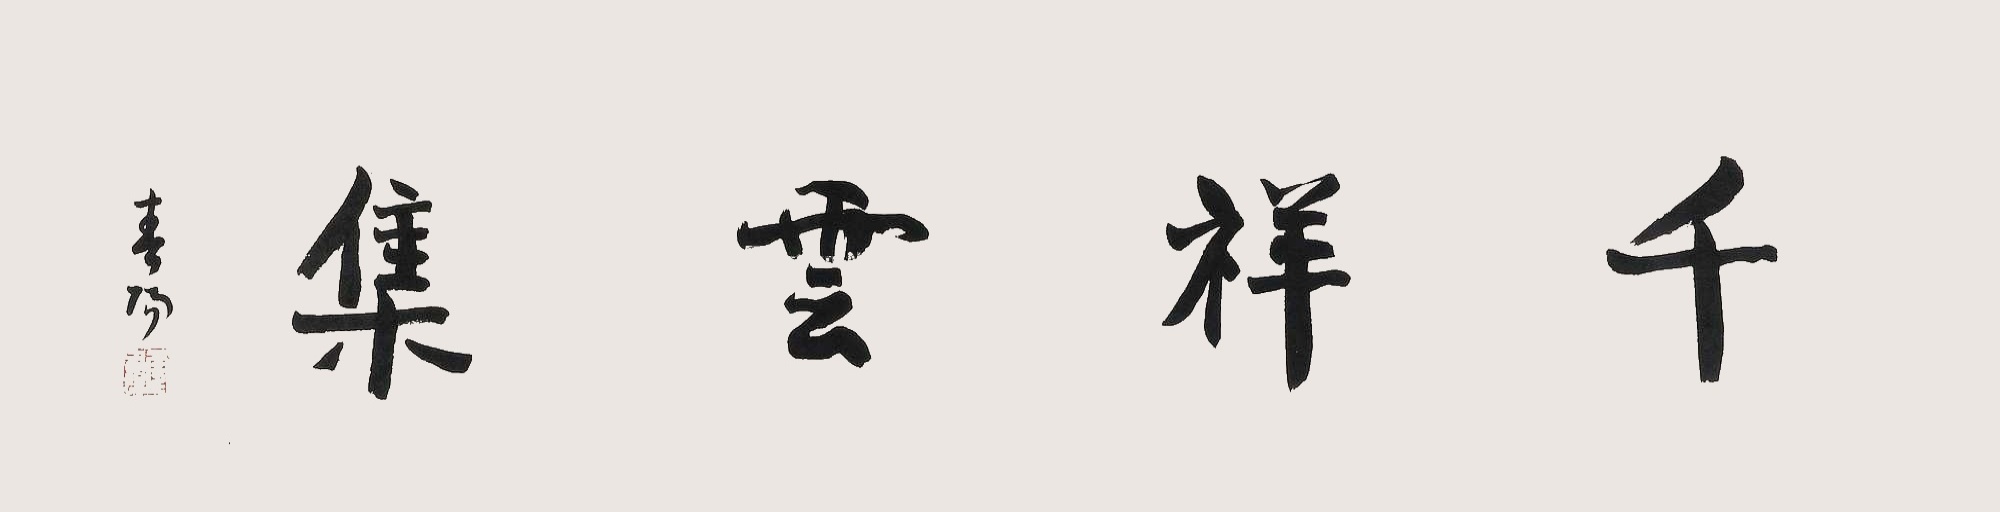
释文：千祥云集。春阳。